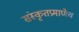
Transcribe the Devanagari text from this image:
संस्कृतप्रमाणेच